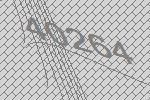
40264